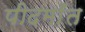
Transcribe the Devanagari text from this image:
पीदमाँत